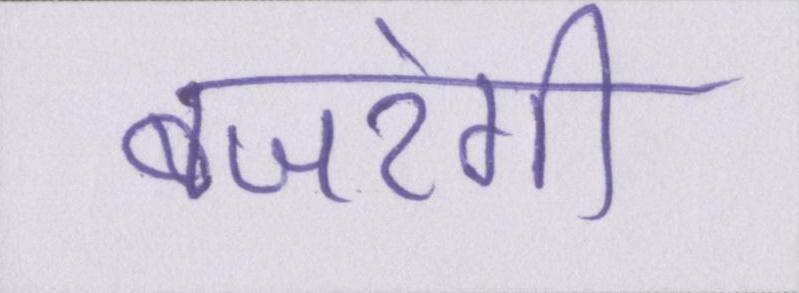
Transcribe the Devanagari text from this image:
बजरंगी